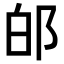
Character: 𨚮